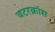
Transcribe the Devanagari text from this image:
बटरक्रॉस